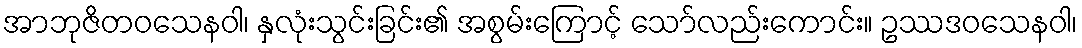
အာဘုဇိတဝသေနဝါ၊ နှလုံးသွင်းခြင်း၏ အစွမ်းကြောင့် သော်လည်းကောင်း။ ဥဿဒဝသေနဝါ၊